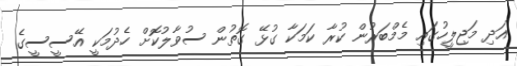
އަދި މަޖިލީހުގައި މެމްބަރުން ކުރާ ކަމަކާ ގުޅޭ ގޮތުން ސުވާލުކޮށް ހެދުމަކީ އޭސީސީގެ